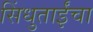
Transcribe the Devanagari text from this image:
सिंधुताईंचा